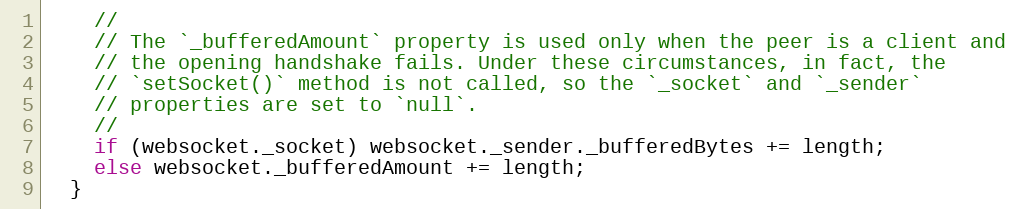
Language: JavaScript
    //
    // The `_bufferedAmount` property is used only when the peer is a client and
    // the opening handshake fails. Under these circumstances, in fact, the
    // `setSocket()` method is not called, so the `_socket` and `_sender`
    // properties are set to `null`.
    //
    if (websocket._socket) websocket._sender._bufferedBytes += length;
    else websocket._bufferedAmount += length;
  }